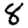
Digit: 8